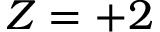
Z = + 2